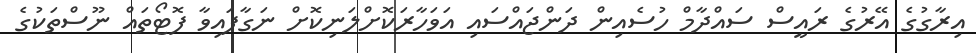
އިރާގުގެ އޭރުގެ ރައީސް ސައްދާމް ހުސެއިން ދަންޖައްސައި އަވަހާރަކޮށްލަނިކޮށް ނަގާފައިވާ ފޮޓޯތައް ނޫސްތަކުގެ